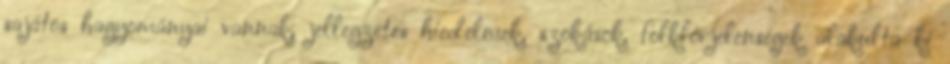
sajátos hagyományai vannak, jellegzetes hiedelmek, szokások, folklórjelenségek alakulta ki